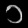
Digit: ၁